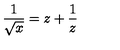
\frac { 1 } { \sqrt x } = z + \frac { 1 } { z }